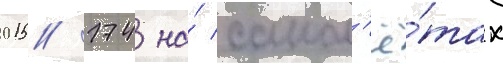
015/ 174 на́ самол'ё́тах